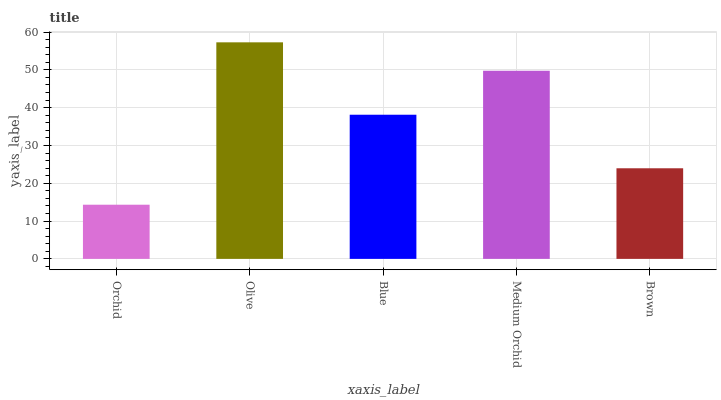
| xaxis_label | bars |
 | --- | --- |
 | Orchid | 14.3 |
 | Olive | 57.3 |
 | Blue | 38.1 |
 | Medium Orchid | 49.8 |
 | Brown | 24 |